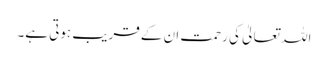
اللہ تعالیٰ کی رحمت ان کے قریب ہوتی ہے۔